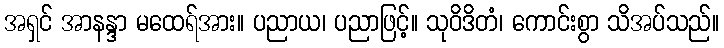
အရှင် အာနန္ဒာ မထေရ်အား။ ပညာယ၊ ပညာဖြင့်။ သုဝိဒိတံ၊ ကောင်းစွာ သိအပ်သည်။